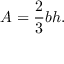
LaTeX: A = { \frac { 2 } { 3 } } b h .